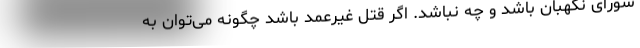
شورای نگهبان باشد و چه نباشد. اگر قتل غیر‌عمد باشد چگونه می‌توان به